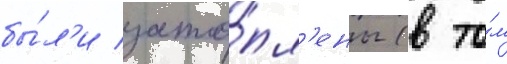
бы́л'и зато́пл'ены (в то́м